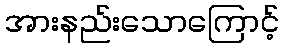
အားနည်းသောကြောင့်